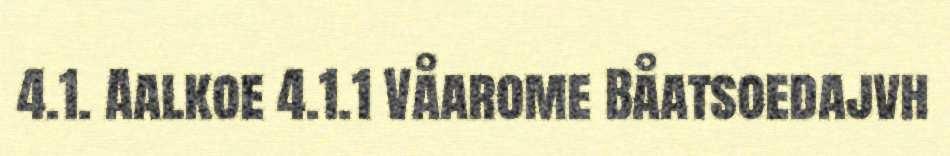
4.1. Aalkoe 4.1.1 Våarome Båatsoedajvh